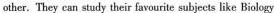
other.They can study their favourite subjects like Biology